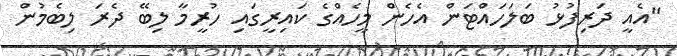
"އެއީ ދަރިފުޅު ބަލަހައްޓަން އެހެން މީހެއްގެ ކައިރީގައި ހުރީމާ ލިބޭ ދެރަ ލިބެމުން